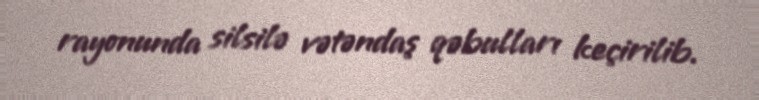
rayonunda silsilə vətəndaş qəbulları keçirilib.